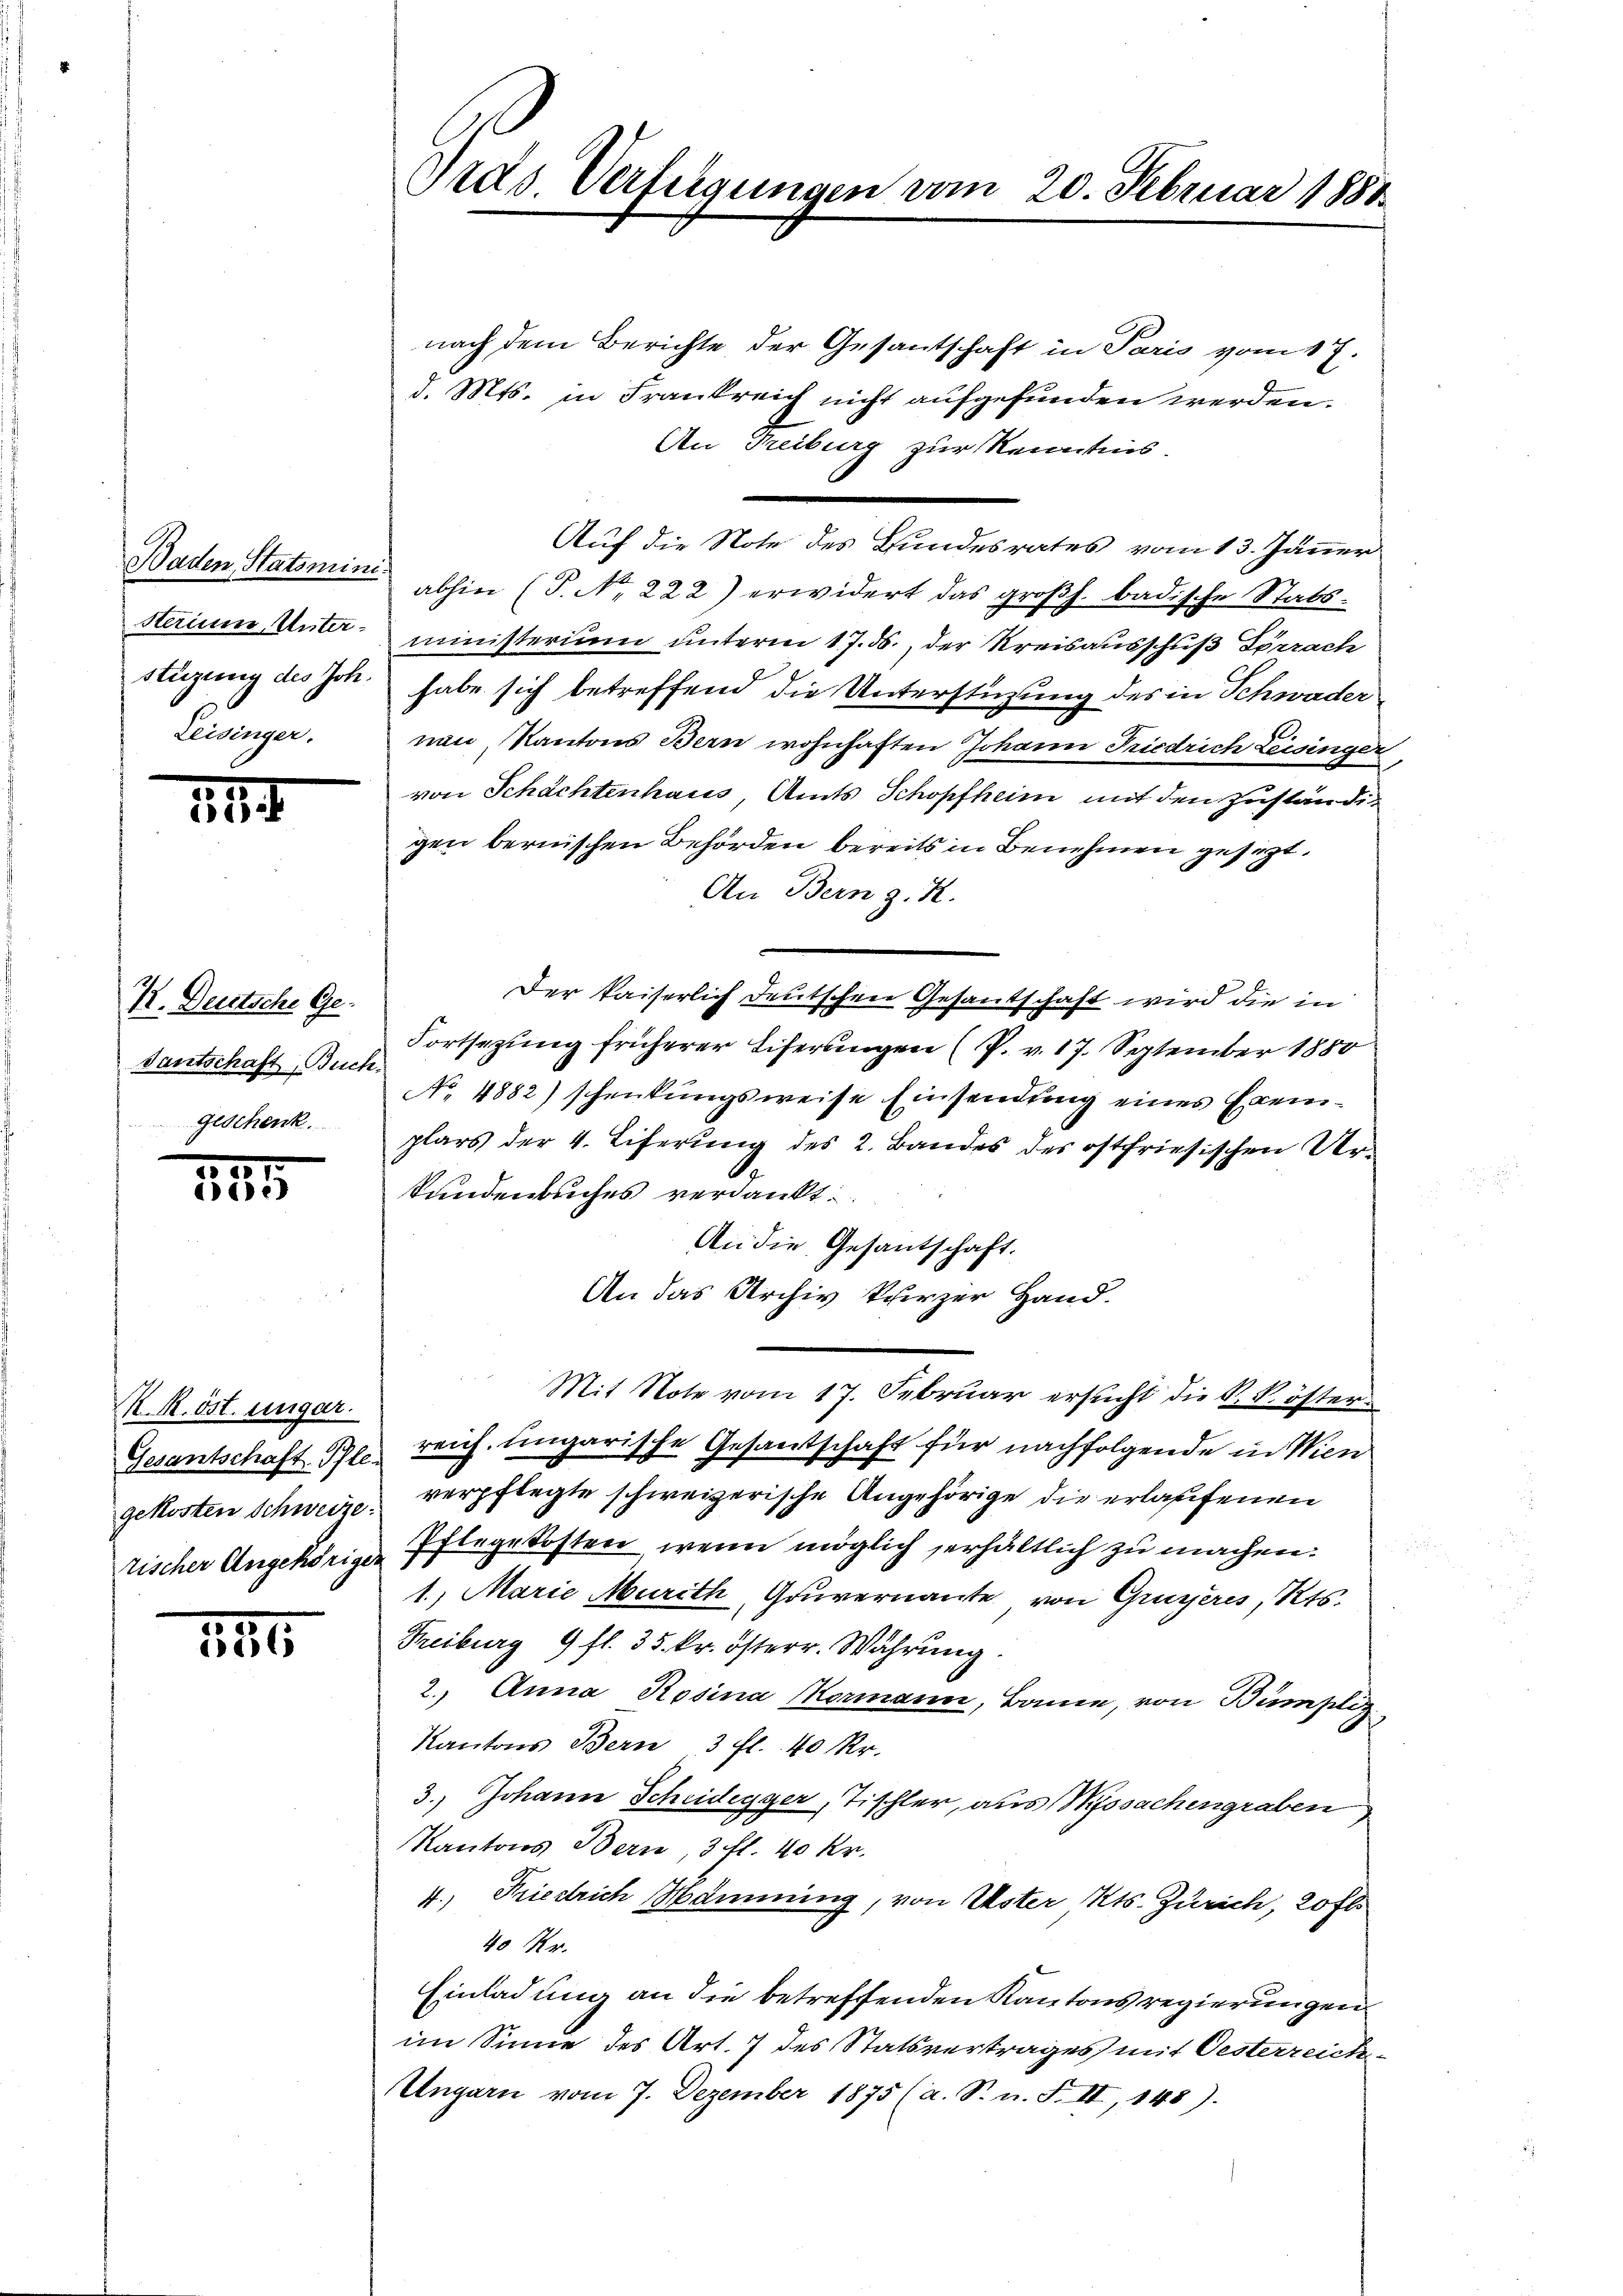
Leisinger.

144.

K. Deutsche Ge
Gautschaft Buc
Geschenk

5057
ische

M.R. öst. ungar.

141

Trds. Verfügungen vom 20. Februar 1880

nach dem Berichte der Gesantschaft in Paris vom 17.
d. Mts. in Frankreich nicht aufgefunden werden.
An Treiburg zur Kenntnis.
Auf die Note des Bundesrates vom 13. Jänner
Baden Statsmini abhin (P. Nr. 222) erwidert das großh. badische Stabssterium Unter ministerium unterm 17. ds., der Kreisausschuß Förrach
stüzung des Joh. habe sich betreffend die Unterstüzung des in Schwader
nan Kantons Bern wohnhaften Johann Friedrich Leisinger
von Schächtenhaus, Amts Schopfheim mit den zuständig
gen bernischen Behörden bereits in Benehmen gesezt.
An Bern z. R.
Der kaiserlich deutschen Gesandschaft wird die in
Fortsezung früherer Eiferungen (P. v. 17. September 1880
1
No. 4882) schenkungsweise Einsendung eines Exemplars der 4. Eiferung des 2. Bandes des oftfriesischen Urtundenbuches verdankt.
An die Gesantschaft.
An das Archiv kürzer Hand.
Mit Note vom 17. Februar ersucht die k. k. öster
Gesantschaft Pfle reich. Ungarische Gesantschaft für nachfolgende in Wien
gekosten Schweiz verpflegte schweizerische Angehörige die erlassenen
rischer Angehörige Pflegekosten, wenn möglich erhältlich zu machen.
1., Marie Murith, Gouvernante von Gruyères, Kts.
Freiburg 9 fl. 35 kr. österr. Währung
2.) Anna Rosina Normann, Banne, von Bumpliz
Kantons Bern 3 fl. 40 kr.
3.) Johann Scheidegger, Tischler, aus Wyssachengraben
Kantons Bern, 3 fl. 40 kr.
4.) Friedrich Mämmung, von Uster Kts. Zürich, 20 fl
40 Xr.
Einladung an die betreffenden Kantons regierungen
im Sinne des Art. 7 des Statsvertrages mit Oesterreich¬
Ungarn vom 7. Dezember 1875 (a. S. n. F. II, 148).